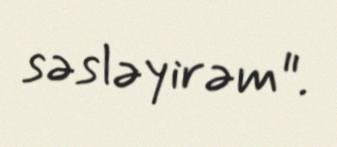
səsləyirəm".